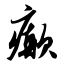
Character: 癫